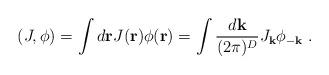
LaTeX: \begin{align*}(J, \phi ) = \int d{\bf{r}} J ( {\bf{r}}) \phi ( {\bf{r}}) = \int \frac{ d {\bf{k}}}{(2 \pi )^D} J_{{\bf{k}}} \phi_{- {\bf{k}}} \; .\end{align*}